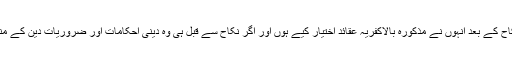
یہ تمام تفصیل اس صورت میں ہے جب کہ نکاح سے قبل ان کے عقائد درست ہوں اور نکاح کے بعد انہوں نے مذکورہ بالاکفریہ عقائد اختیار کیے ہوں اور اگر نکاح سے قبل ہی وہ دینی احکامات اور ضروریات دین کے منکر تھے تو اس صورت میں شرعی لحاظ سے ایسے شخص سے نکاح ہی منعقد نہیں ہوتا۔